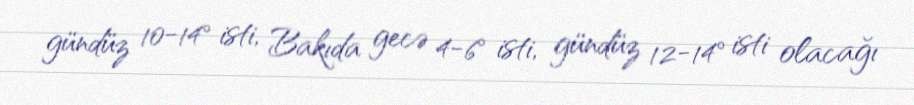
gündüz 10-14° isti, Bakıda gecə 4-6° isti, gündüz 12-14° isti olacağı